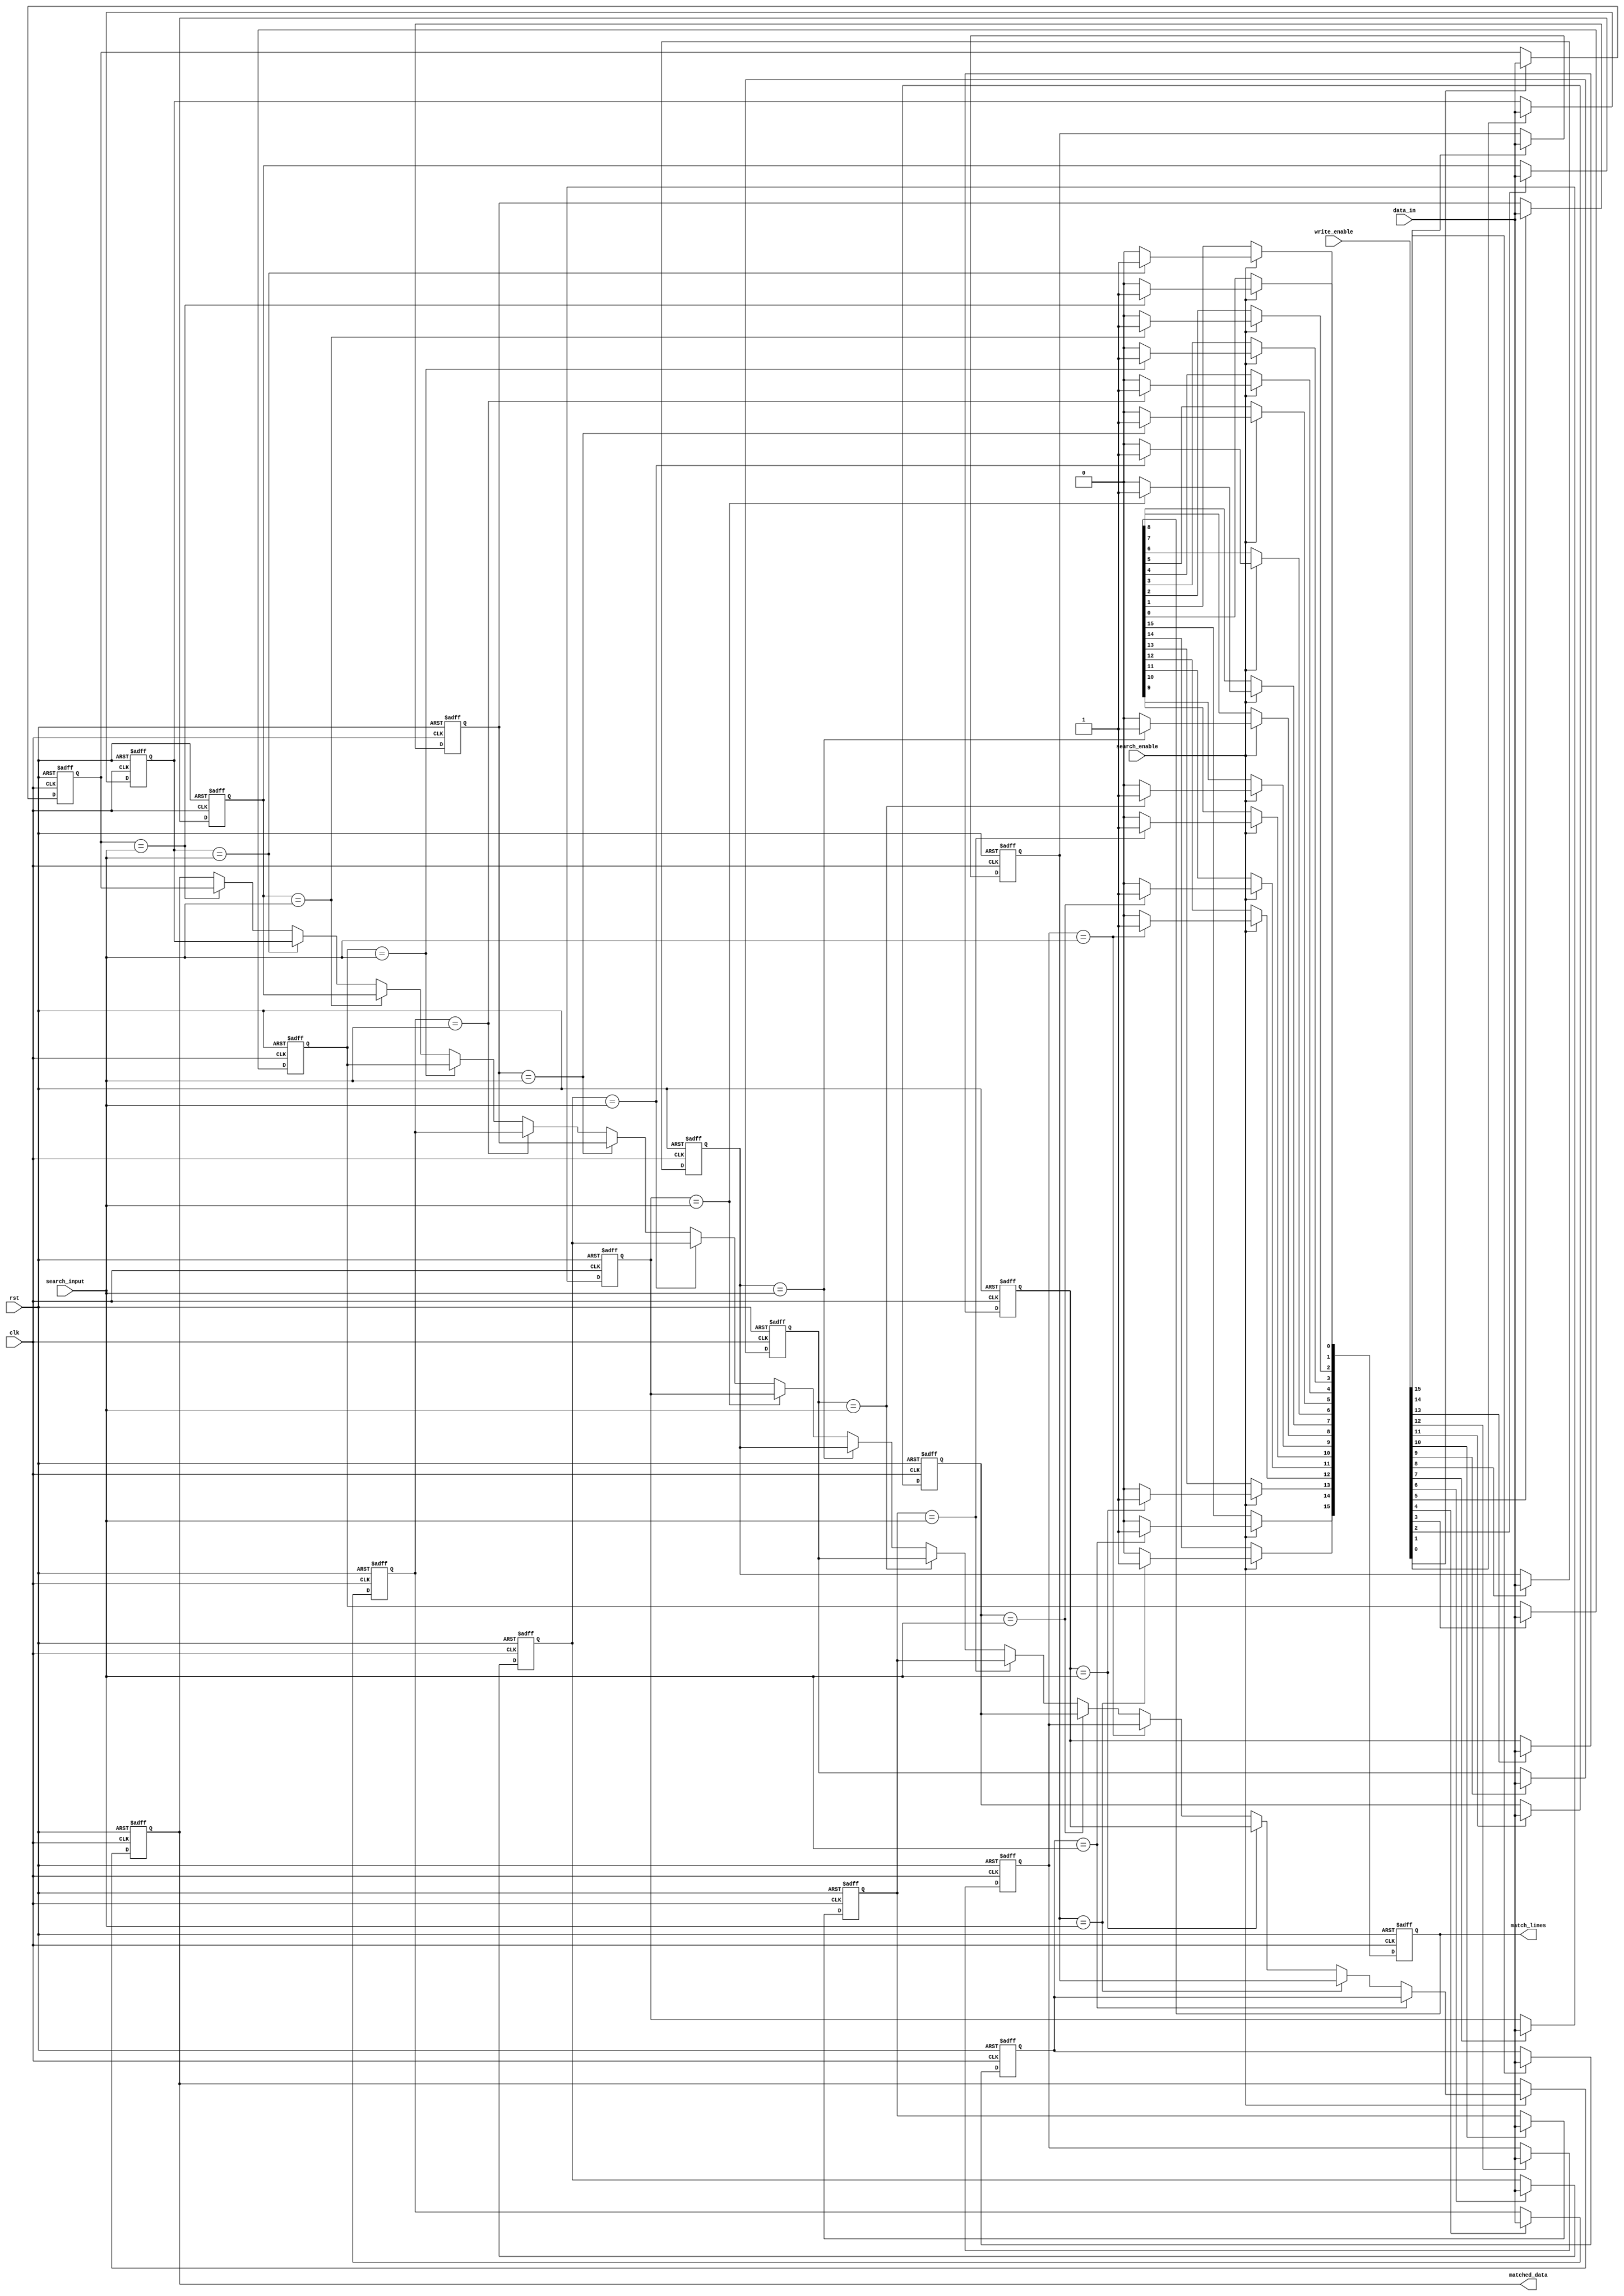
module row_based_cam #(
    parameter DATA_WIDTH = 8,   // Number of bits in each entry
    parameter NUM_ROWS = 16      // Number of entries in CAM
) (
    input wire clk,              // Clock signal
    input wire rst,              // Reset signal
    input wire [DATA_WIDTH-1:0] data_in,  // Data to be loaded
    input wire [NUM_ROWS-1:0] write_enable, // Write enable signals for each row
    input wire [DATA_WIDTH-1:0] search_input, // Input for searching
    input wire search_enable,     // Enable search operation
    output reg [NUM_ROWS-1:0] match_lines, // Match lines
    output reg [DATA_WIDTH-1:0] matched_data // Data corresponding to first match
);

// Memory array declaration
reg [DATA_WIDTH-1:0] memory_array [0:NUM_ROWS-1];

// Search logic
integer i;
always @(posedge clk or posedge rst) begin
    if (rst) begin
        match_lines <= 0;
        matched_data <= 0;
    end else if (search_enable) begin
        match_lines <= 0; // Clear match lines
        for (i = 0; i < NUM_ROWS; i = i + 1) begin
            if (memory_array[i] == search_input) begin
                match_lines[i] <= 1'b1; // Set match line high for a match
                matched_data <= memory_array[i]; // Capture matched data
            end else begin
                match_lines[i] <= 1'b0;
            end
        end
    end
end

// Data loading logic
always @(posedge clk or posedge rst) begin
    if (rst) begin
        // Reset memory array
        for (i = 0; i < NUM_ROWS; i = i + 1) begin
            memory_array[i] <= 0;
        end
    end else begin
        // Write data into memory if write_enable is high
        for (i = 0; i < NUM_ROWS; i = i + 1) begin
            if (write_enable[i]) begin
                memory_array[i] <= data_in; // Load data into specified row
            end
        end
    end
end

endmodule